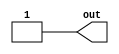
module fast_g (out);
   output out;
   reg	  out;

   initial begin
      #0 out = 0;
      #1 out = 1; // 10us
   end

endmodule